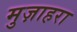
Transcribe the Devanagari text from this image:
मुज़ाहरा